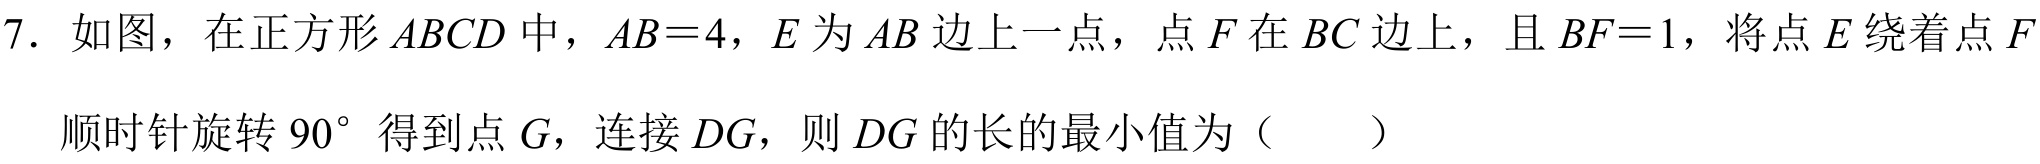
7. 如图，在正方形 \(ABCD\) 中，\(AB = 4\)，\(E\) 为 \(AB\) 边上一点，点 \(F\) 在 \(BC\) 边上，且 \(BF = 1\)，将点 \(E\) 绕着点 \(F\) 顺时针旋转 \(90^{\circ}\) 得到点 \(G\)，连接 \(DG\)，则 \(DG\) 的长的最小值为（  ）